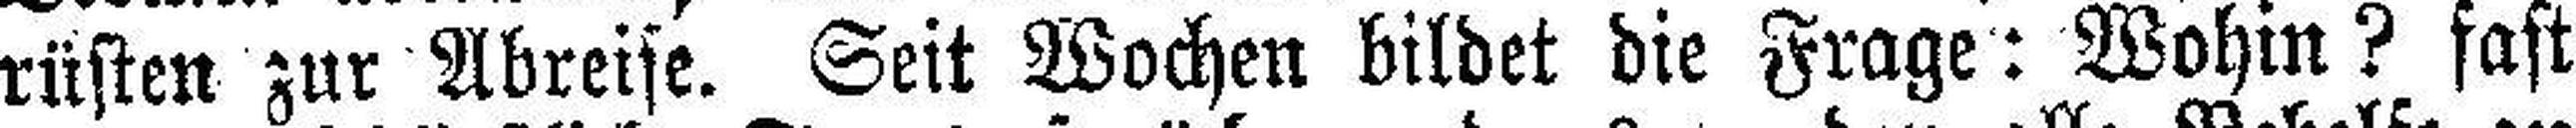
rüsten zur Abreise. Seit Wochen bildet die Frage: Wohin? fast